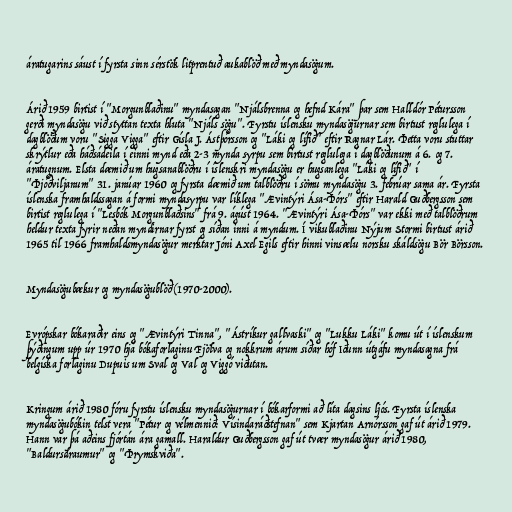
áratugarins sáust í fyrsta sinn sérstök litprentuð aukablöð með myndasögum.

Árið 1959 birtist í "Morgunblaðinu" myndasagan "Njálsbrenna og hefnd Kára" þar sem Halldór Pétursson
gerði myndasögu við styttan texta hluta "Njáls sögu". Fyrstu íslensku myndasögurnar sem birtust reglulega í
dagblöðum voru "Sigga Vigga" eftir Gísla J. Ástþórsson og "Láki og lífið" eftir Ragnar Lár. Þetta voru stuttar
skrýtlur eða háðsádeila í einni mynd eða 2-3 mynda syrpu sem birtust reglulega í dagblöðunum á 6. og 7.
áratugnum. Elsta dæmið um hugsanablöðru í íslenskri myndasögu er hugsanlega "Láki og lífið" í
"Þjóðviljanum" 31. janúar 1960 og fyrsta dæmið um talblöðru í sömu myndasögu 3. febrúar sama ár. Fyrsta
íslenska framhaldssagan á formi myndasyrpu var líklega "Ævintýri Ása-Þórs" eftir Harald Guðbergsson sem
birtist reglulega í "Lesbók Morgunblaðsins" frá 9. ágúst 1964. "Ævintýri Ása-Þórs" var ekki með talblöðrum
heldur texta fyrir neðan myndirnar fyrst og síðan inni á myndum. Í vikublaðinu Nýjum Stormi birtust árið
1965 til 1966 framhaldsmyndasögur merktar Jóni Axel Egils eftir hinni vinsælu norsku skáldsögu Bör Börsson.

Myndasögubækur og myndasögublöð (1970-2000).

Evrópskar bókaraðir eins og "Ævintýri Tinna", "Ástríkur gallvaski" og "Lukku Láki" komu út í íslenskum
þýðingum upp úr 1970 hjá bókaforlaginu Fjölva og nokkrum árum síðar hóf Iðunn útgáfu myndasagna frá
belgíska forlaginu Dupuis um Sval og Val og Viggó viðutan.

Kringum árið 1980 fóru fyrstu íslensku myndasögurnar í bókarformi að líta dagsins ljós. Fyrsta íslenska
myndasögubókin telst vera "Pétur og vélmennið: Vísindaráðstefnan" sem Kjartan Arnórsson gaf út árið 1979.
Hann var þá aðeins fjórtán ára gamall. Haraldur Guðbergsson gaf út tvær myndasögur árið 1980,
"Baldursdraumur" og "Þrymskviða".